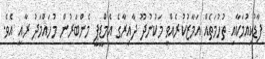
ފާޑުކިއުމަކާއި ތުހުމަތެއް އަމާޒުކުރެއްވީ މަކުނުދޫ ދާއިރާގެ އެމްޑީޕީ މެންބަރުން މުހައްމަދު ރާއީ އެވެ.